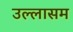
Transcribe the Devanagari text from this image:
उल्लासम